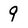
Character: 9